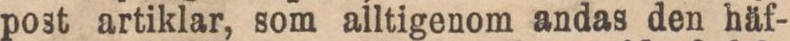
post artiklar, som alltigenom andas den häf-